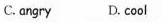
C.angry D. cool